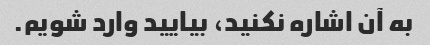
به آن اشاره نکنید، بیایید وارد شویم.